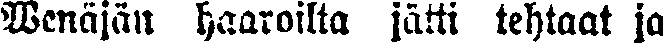
Venäjän haaroilta jätti tehtaat ja